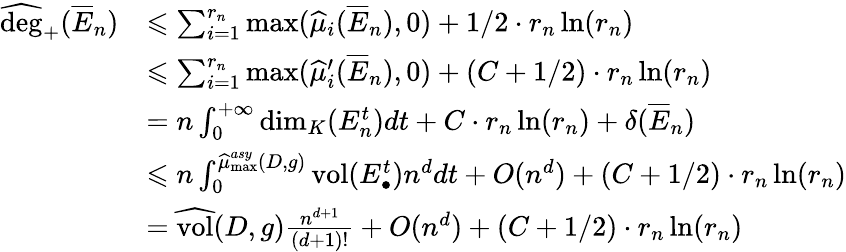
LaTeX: \begin{array}{rl}{\widehat{\mathrm{deg}}_{+}(\overline{E}_{n})}&{\leqslant\sum_{i=1}^{r_{n}}\operatorname*{max}(\widehat\mu_{i}(\overline{E}_{n}),0)+1/2\cdot r_{n}\ln(r_{n})}\\ &{\leqslant\sum_{i=1}^{r_{n}}\operatorname*{max}(\widehat\mu_{i}^{\prime}(\overline{E}_{n}),0)+(C+1/2)\cdot r_{n}\ln(r_{n})}\\ &{=n\int_{0}^{+\infty}\dim_{K}(E_{n}^{t})dt+C\cdot r_{n}\ln(r_{n})+\delta(\overline{E}_{n})}\\ &{\leqslant n\int_{0}^{\widehat\mu_{\operatorname*{max}}^{asy}(D,g)}\mathrm{vol}(E_{\bullet}^{t}){n^{d}}dt+O(n^{d})+(C+1/2)\cdot r_{n}\ln(r_{n})}\\ &{=\widehat{\mathrm{vol}}(D,g)\frac{n^{d+1}}{(d+1)!}+O(n^{d})+(C+1/2)\cdot r_{n}\ln(r_{n})}\end{array}